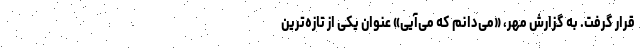
قرار گرفت. به گزارش مهر، «می‌دانم که می‌آیی» عنوان یکی از تازه‌ترین